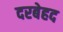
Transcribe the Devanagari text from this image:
दरबेहद